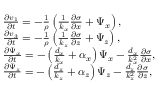
\begin{array} { r l } & { \frac { \partial v _ { 1 } } { \partial t } = - \frac { 1 } { \rho } \left( \frac { 1 } { k _ { x } } \frac { \partial \sigma } { \partial x } + \Psi _ { x } \right) , } \\ & { \frac { \partial v _ { 3 } } { \partial t } = - \frac { 1 } { \rho } \left( \frac { 1 } { k _ { z } } \frac { \partial \sigma } { \partial z } + \Psi _ { z } \right) , } \\ & { \frac { \partial \Psi _ { x } } { \partial t } = - \left( \frac { d _ { x } } { k _ { x } } + \alpha _ { x } \right) \Psi _ { x } - \frac { d _ { x } } { k _ { x } ^ { 2 } } \frac { \partial \sigma } { \partial x } , } \\ & { \frac { \partial \Psi _ { z } } { \partial t } = - \left( \frac { d _ { z } } { k _ { z } } + \alpha _ { z } \right) \Psi _ { z } - \frac { d _ { z } } { k _ { z } ^ { 2 } } \frac { \partial \sigma } { \partial z } , } \end{array}